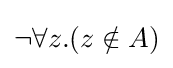
\neg \forall z.(z\notin A)